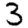
Digit: 3